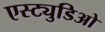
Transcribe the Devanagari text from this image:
एस्ट्युडिओ